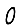
Digit: 0